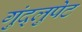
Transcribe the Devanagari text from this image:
गुंद्लुपेट